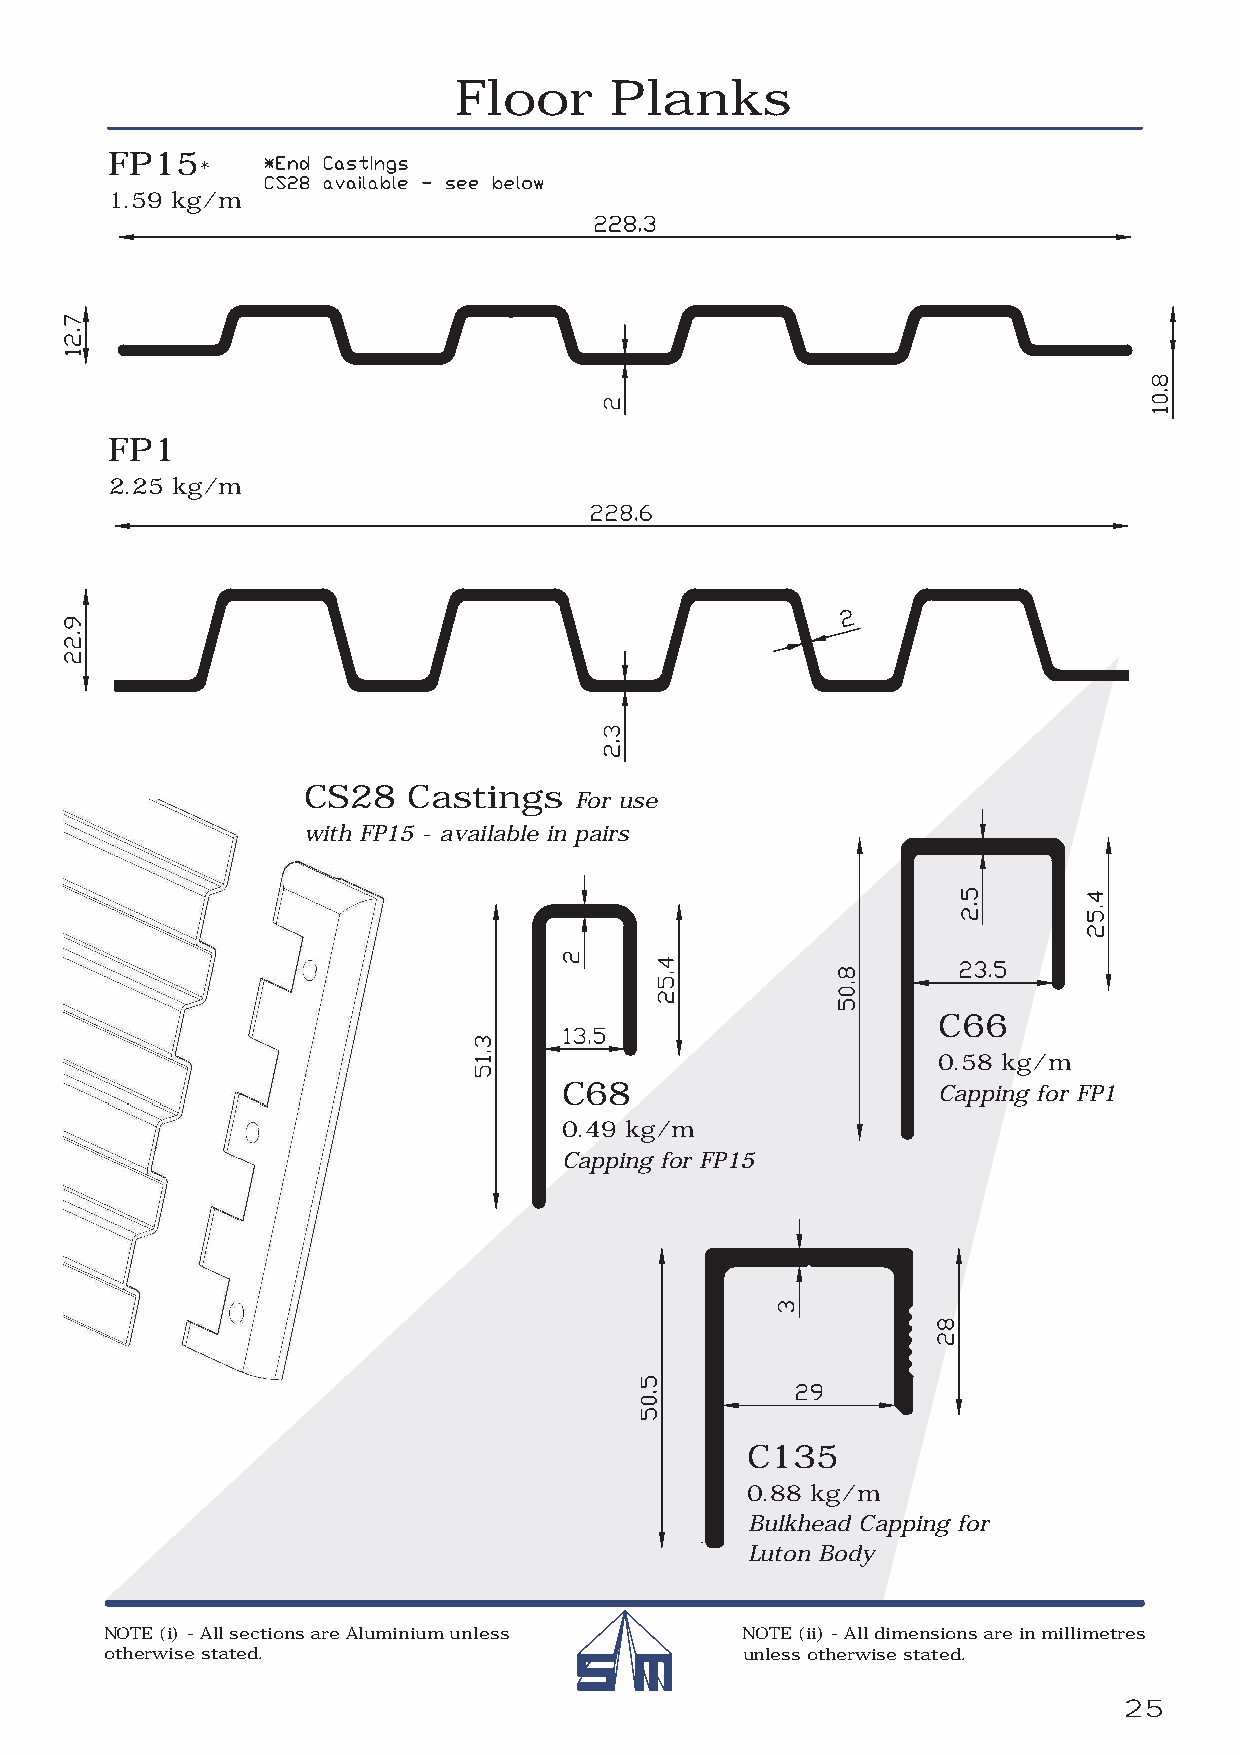
Floor     Planks
 FP15
 *
 1.59 kg/m
 FP1
 2.25 kg/m
 CS28   Castings
 For use
 with FP15 - available in pairs
 C66
 0.58 kg/m
 C68                      Capping for FP1
 0.49 kg/m
 Capping for FP15
 C135
 0.88 kg/m
 Bulkhead Capping for
 Luton Body
 NOTE (i) - All sections are Aluminium unless NOTE (ii) - All dimensions are in millimetres
 otherwise stated.                         unless otherwise stated.
 25